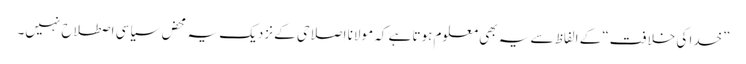
”خدا کی خلافت“ کے الفاظ سے یہ بھی معلوم ہوتا ہے کہ مولانا اصلاحی کے نزدیک یہ محض سیاسی اصطلاح نہیں۔